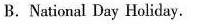
B. National Day Holiday.